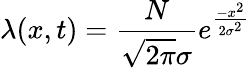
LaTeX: \lambda(x,t)=\frac{N}{\sqrt{2\pi}\sigma}e^{\frac{-x^{2}}{2\sigma^{2}}}